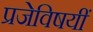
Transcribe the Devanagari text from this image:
प्रजेविषयीं